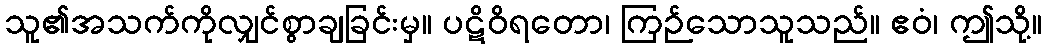
သူ၏အသက်ကိုလျှင်စွာချခြင်းမှ။ ပဋိဝိရတော၊ ကြဉ်သောသူသည်။ ဧဝံ၊ ဤသို့။